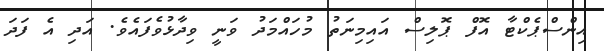
އިންސްޕެކްޓާ އޮފް ޕޮލިސް އައިމިނަތު މުހައްމަދު ވަނީ ވިދާޅުވެފައެވެ. އަދި އެ ފަދަ